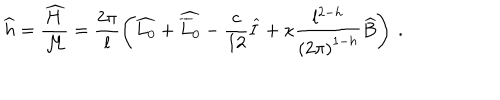
LaTeX: \widehat { h } = \displaystyle \frac { \widehat { H } } { { \cal M } } = \displaystyle \frac { 2 \pi } { l } \left( \widehat { L _ { 0 } } + \widehat { \overline { { { L } } } _ { 0 } } - \displaystyle \frac { c } { 1 2 } \widehat { I } + \kappa \displaystyle \frac { l ^ { 2 - h } } { \left( 2 \pi \right) ^ { 1 - h } } \widehat { B } \right) \: .